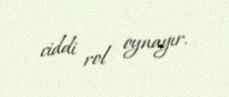
ciddi rol oynayır.